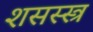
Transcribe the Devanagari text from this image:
शसस्स्त्र